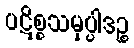
ပဋိစ္စသမုပ္ပါဒဉ္စ